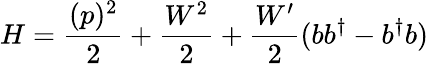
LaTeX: H={\frac{(p)^{2}}{2}}+{\frac{{W}^{2}}{2}}+{\frac{W^{\prime}}{2}}(bb^{\dagger}-b^{\dagger}b)